NAE_ERA_R-1950_Eesti_Ajakirjanike_Liit, lk 53
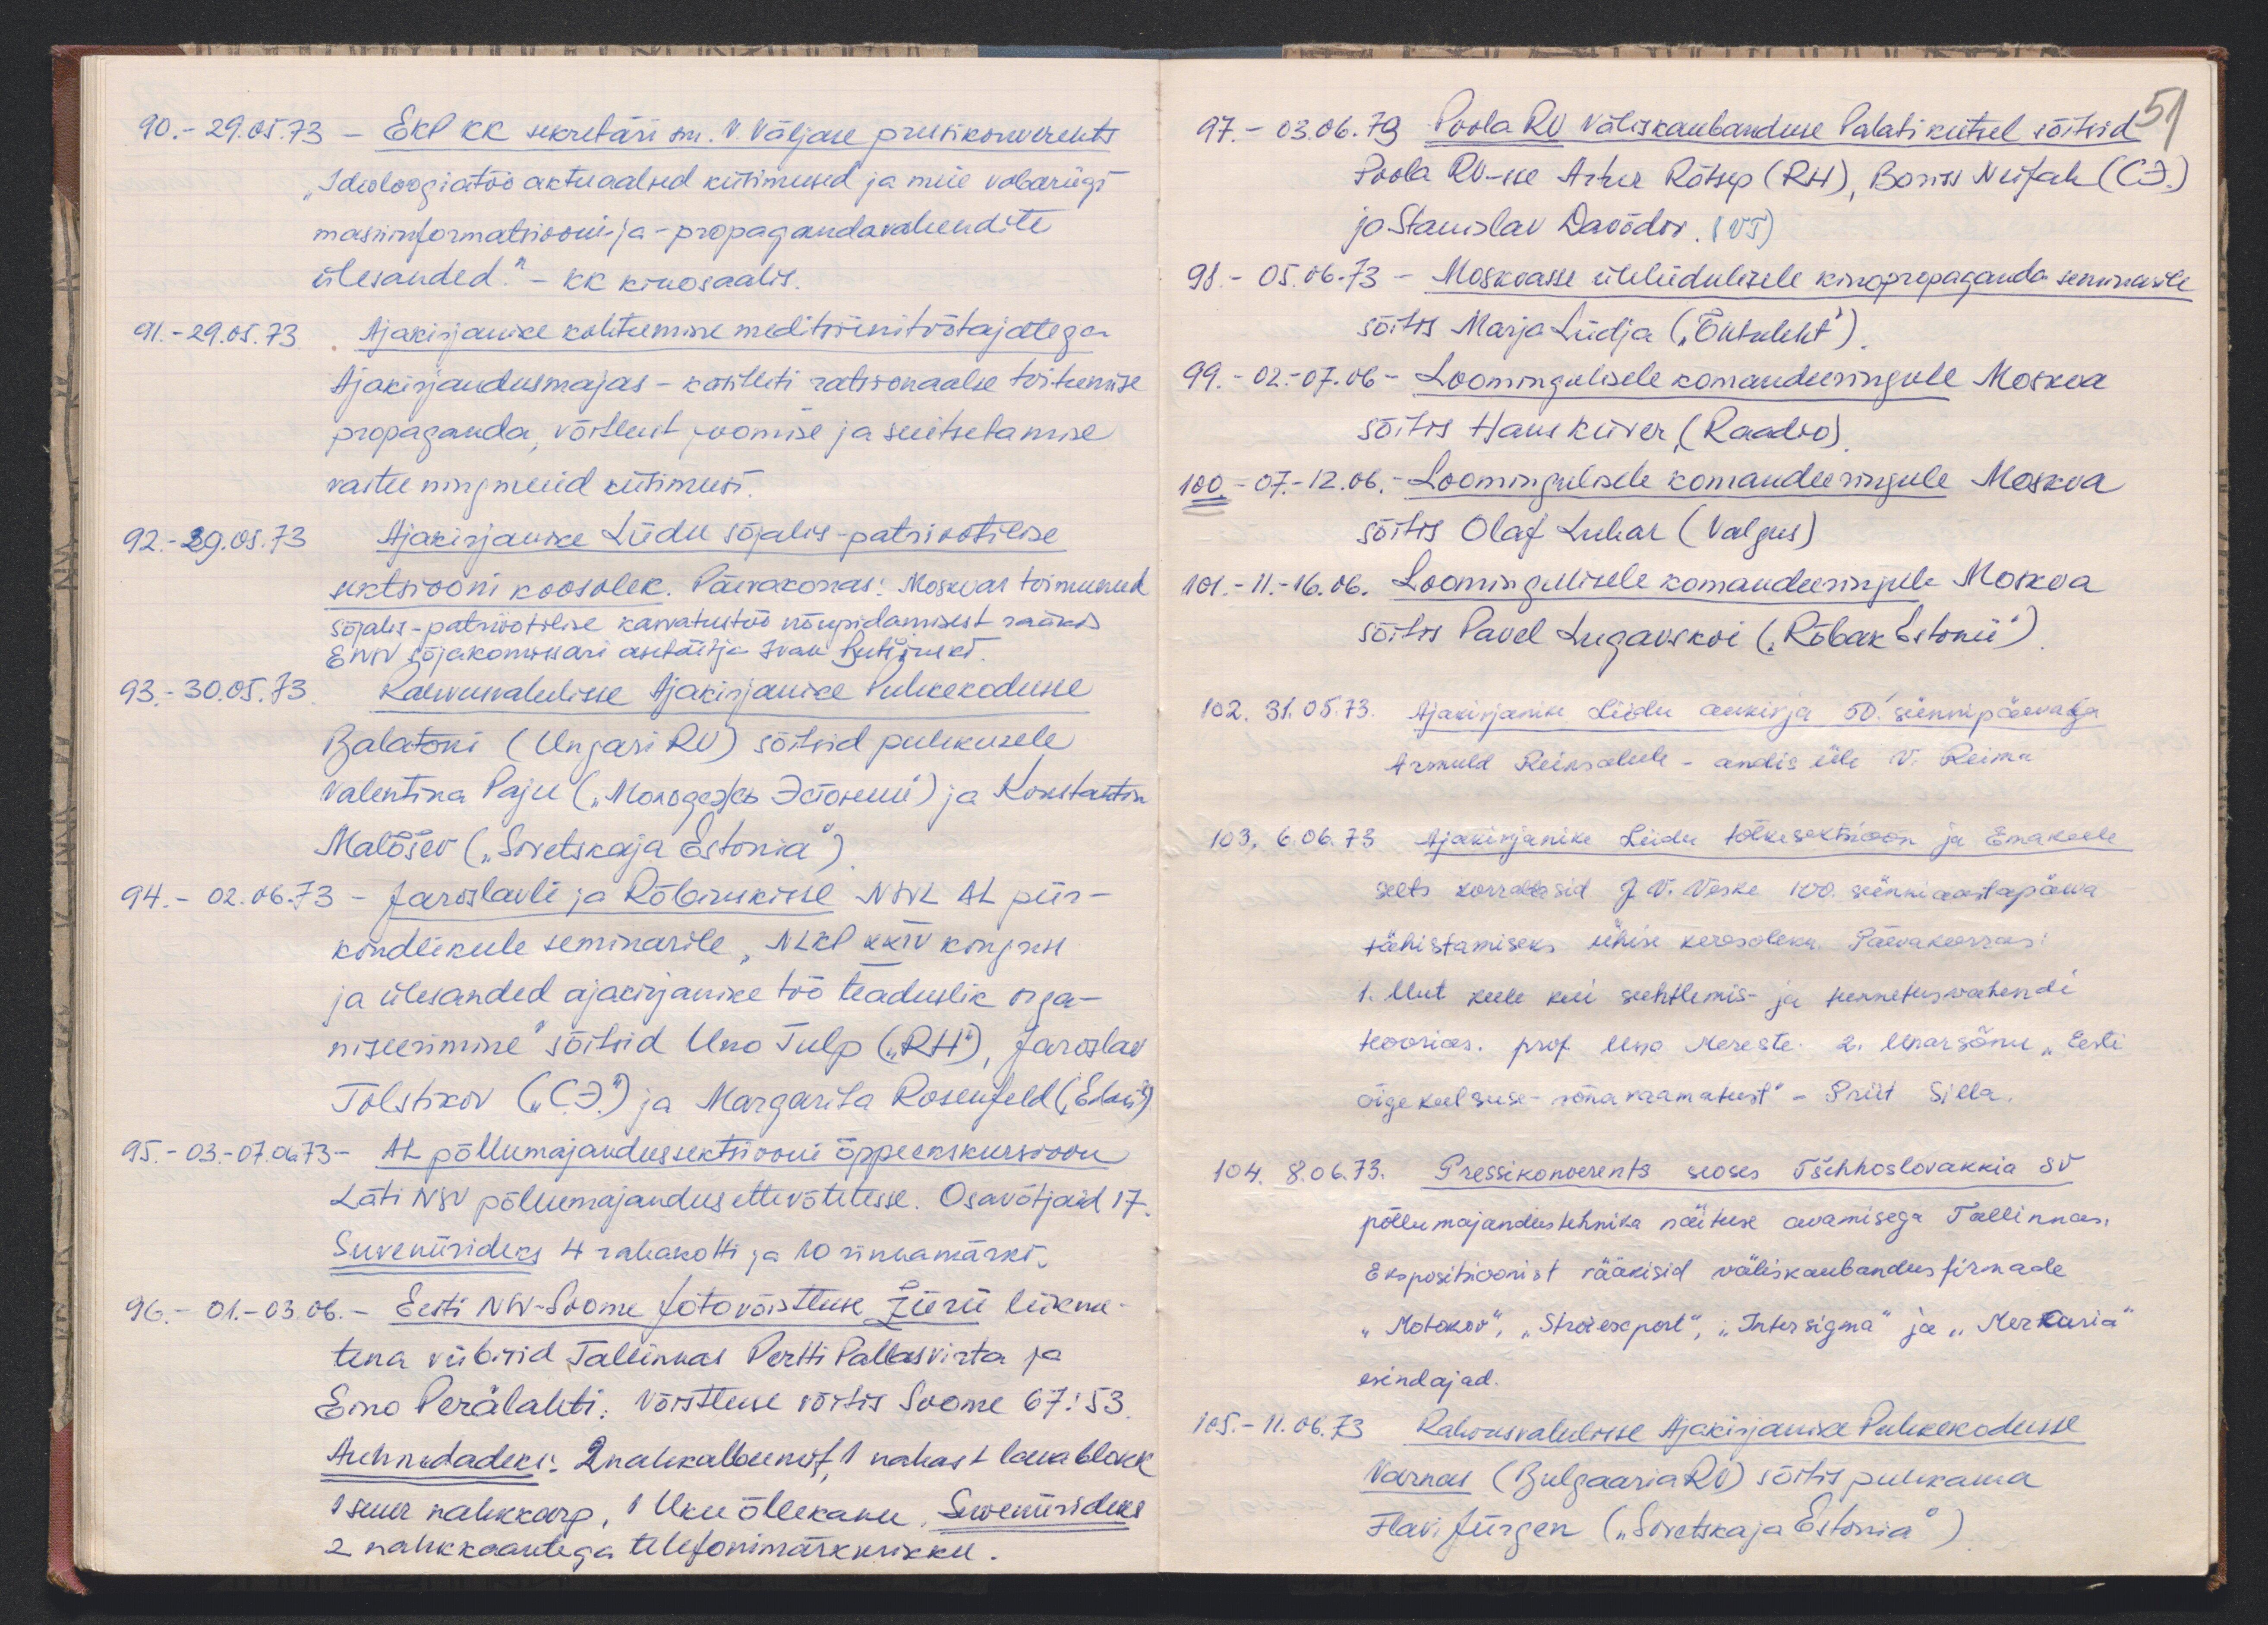
90. - 29.05.73 - EKP KK sekretäri sm. V. Väljase pressikonverents
"Ideoloogiatöö aktuaalsed küsimused ja meie vabariigi
massiinformatsiooni ja- propagandavahendite
ülesanded" - KK kinosaalis.
91. - 29.05.73. Ajakirjanike kohtumine meditsiinitöötajatega
Ajakirjandusmajas - käsitleti ratsionaalse toitumise
propaganda, võitlust joomise ja suitsetamise
vastu ning muid küsimusi.
92. - 29.05.73 Ajakirjanike Liidu sõjalis-patriootilise
sektsiooni koosolek. Päevakorras: Moskvas toimunud
sõjalis-patriootilise kasvatustöö nõupidamisest rääkis
ENSV sõjakomissari asetäitja Ivan Butšinski
93. - 30.05.73. Rahvusvaheline Ajakirjanike Puhkekodusse
Balatoni (Ungari RV) sõitsid puhkusele
Valentina Paju ("Могодстая Гололеми") ja Konstantin
Malõšev ("Sovetskaja Estonia")
94. - 02.06.73 - Jaroslavli ja Rõbinskisse NSVL AL piir-
kondlikule seminarile, NLKP XXIV kongress
ja ülesanded ajakirjanike töö teaduslik orga-
niseerimine" sõitsid Uno Tulp ("RH"), Jaroslav
Tolstikov (6.3) ja Margarita Rosenfeld ("Edasi")
95. - 03.-07.06.73 - AL põllumajandussektsiooni õppeekskursioon
Läti NSV põllumajandus ettevõtetesse. Osavõtjaid 17
Suveniirideks 4 rahakotti ja 10 rinnamärki.
96. - 01.-03.06. - Eesti NSV-Soome fotovõistluse žürii liikme-
tena viibisid Tallinnas Pertti Pallasvirta ja
Eino Perälahti, Võistluse võitis Soome 67:53
Auhindadeks: 2 nahkalbumit 1 nahast lauablokk
1 suur nahkkarp, 1 Uku õllekann, Suveniirideks
2 nahkkaantega telefonimärkmikku.

97. - 03.06.73 Poola RV väliskaubanduse Palati kutsel sõitsid 51
Poola RV-sse Artur Rätsep (RH), Boriss Neifah (C3)
ja Stanislav Davõdov. (VT).
98. - 05.06.73 - Moskvasse üleliidulisele kinopropaganda seminarile
sõitis Marja Liidja ("Õhtuleht").
99. - 02.-07.06 - Loomingulisele komandeeringule Moskva
sõitis Hans Kiiver (Raadio)
100. - 07.-12.06.- Loomingulisele komandeeringule Moskva
sõitis Olaf Luhar (Valgus).
101. - 11.-16.06. Loomingulisele komandeeringule Moskva
sõitis Pavel Lugavskoi ("Rõbak Estonii")
102. 31.05.73. Ajakirjanike Liidu aukirja 50. sünnipäevaga
Armuld Reinsalule - andis üle V. Reima
103. 6.06.73 Ajakirjanike Liidu tõlkesektsioon ja Emakeele
selts korraldasid J. V. Veske 100. sünniaastapäeva
tähistamiseks ühise koosoleku. Päevakorras:
1. Uut keele kui suhtlemis- ja tunnetusevahendi
teoorias. prof. Uno Mereste. 2. Unarsõnu "Eesti
õige keelsuse sõnavaamatust" - Priit Silla.
104. 8.06.73. Pressikonverents seoses Tšehhoslovakkia SV
põllumajandustehnika näituse avamisega Tallinnas,
Ekspositsioonist rääkisid väliskaebandus firmade
"Motokov", "Stroiexport", "Intersigma" ja "Merkuria"
esindajad.
105. - 11.06.73 Rahvusvahelise Ajakirjanike Puhkekodusse
Varnas (Bulgaaria RV) sõitis puhkama
Flavi Jürgen ("Sovetskaja Estonia")